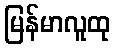
မြန်မာလူထု